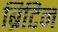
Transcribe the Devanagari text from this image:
ब्रिटिन